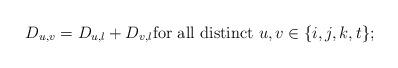
LaTeX: \begin{align*} D_{u,v}= D_{u,l} + D_{v,l} \textrm{for all distinct } u, v \in \{i,j,k,t\};\end{align*}